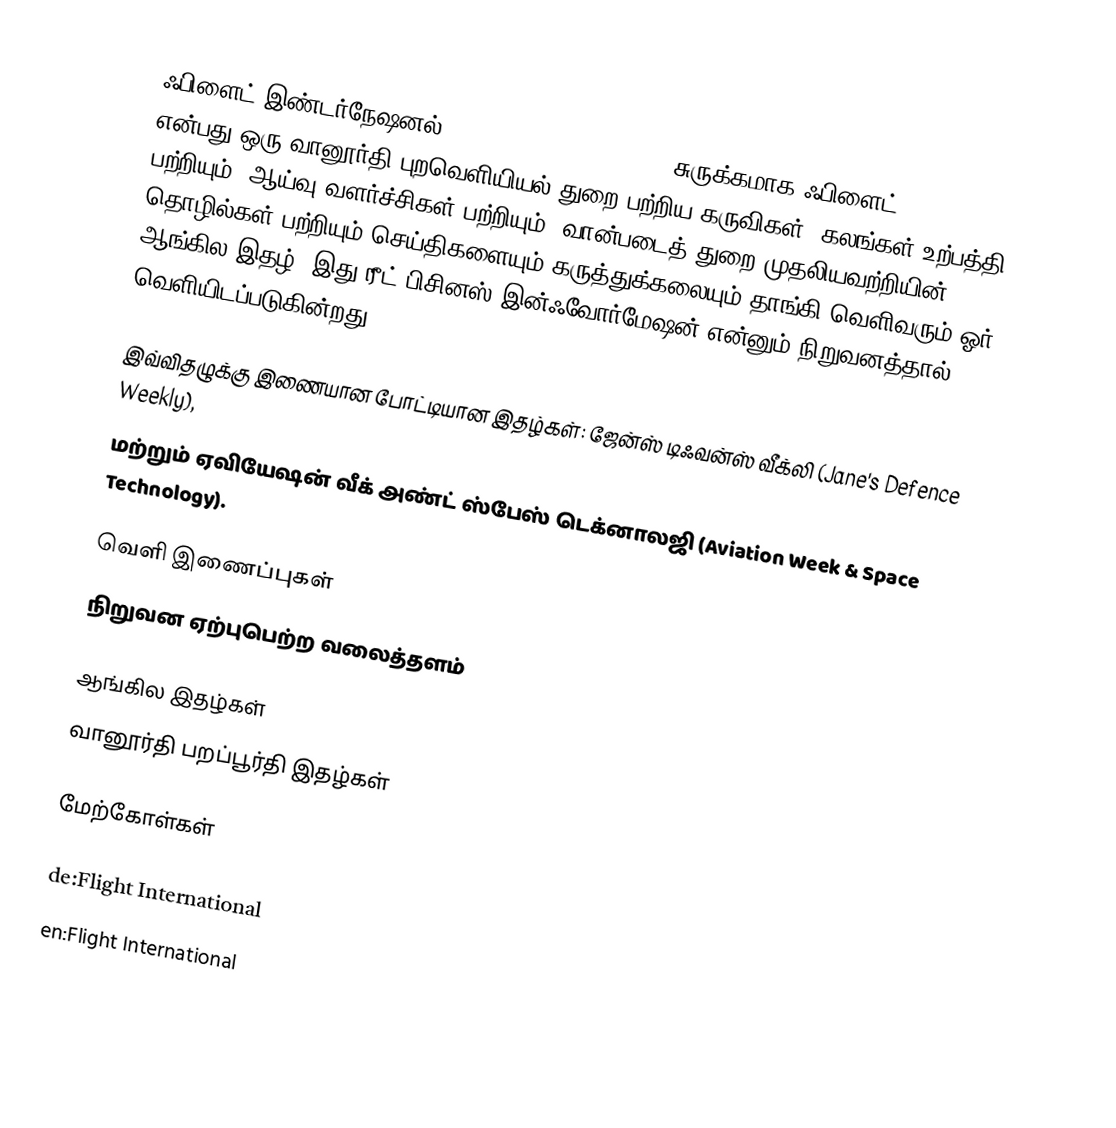
ஃபிளைட் இண்டர்நேஷனல் (Flight International;) (சுருக்கமாக ஃபிளைட், Flight)) என்பது ஒரு வானூர்தி புறவெளியியல் துறை பற்றிய கருவிகள், கலங்கள் உற்பத்தி பற்றியும், ஆய்வு வளர்ச்சிகள் பற்றியும், வான்படைத் துறை முதலியவற்றியின் தொழில்கள் பற்றியும் செய்திகளையும் கருத்துக்கலையும் தாங்கி வெளிவரும் ஓர் ஆங்கில இதழ். இது ரீட் பிசினஸ் இன்ஃவோர்மேஷன் என்னும் நிறுவனத்தால் வெளியிடப்படுகின்றது.

இவ்விதழுக்கு இணையான போட்டியான இதழ்கள்: ஜேன்ஸ் டிஃவன்ஸ் வீக்லி (Jane's Defence Weekly),
மற்றும் ஏவியேஷன் வீக் அண்ட் ஸ்பேஸ் டெக்னாலஜி (Aviation Week & Space Technology).

வெளி இணைப்புகள்
 நிறுவன ஏற்புபெற்ற வலைத்தளம்

ஆங்கில இதழ்கள்
வானூர்தி பறப்பூர்தி இதழ்கள்

மேற்கோள்கள்

de:Flight International
en:Flight International